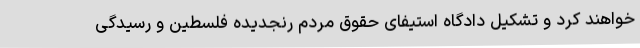
خواهند کرد و تشکیل دادگاه استیفای حقوق مردم رنجدیده فلسطین و رسیدگی